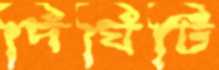
দিঘিটি